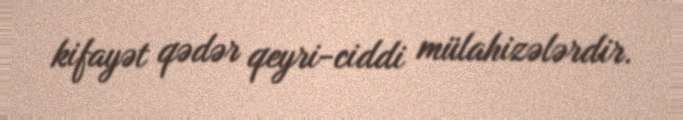
kifayət qədər qeyri-ciddi mülahizələrdir.